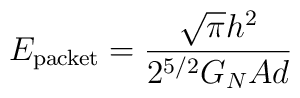
E_{\textup{\scriptsize{packet}}}=\frac{\sqrt{\pi}h^2}{2^{5/2}G_N A d }